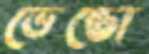
ভেন্তো